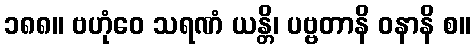
၁၈၈။ ဗဟုံဝေ သရဏံ ယန္တိ၊ ပဗ္ဗတာနိ ဝနာနိ စ။